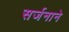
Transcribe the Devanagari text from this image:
सर्जनाने